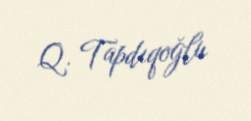
Q. Tapdıqoğlu